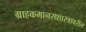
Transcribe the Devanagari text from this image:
ग्राहकमानसशास्त्रावरील